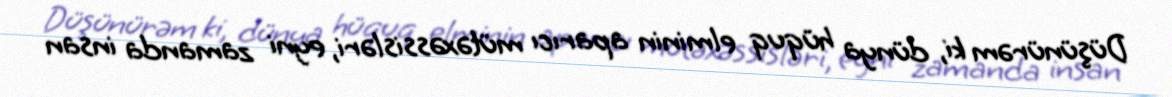
Düşünürəm ki, dünya hüquq elminin aparıcı mütəxəssisləri, eyni zamanda insan